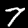
Digit: 7